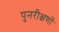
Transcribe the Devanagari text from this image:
पुनरीक्षणों